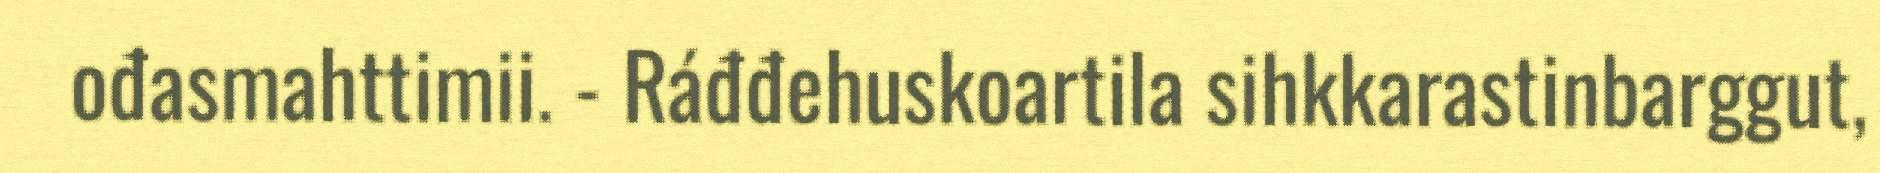
ođasmahttimii. - Ráđđehuskoartila sihkkarastinbarggut,